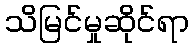
သိမြင်မှုဆိုင်ရာ